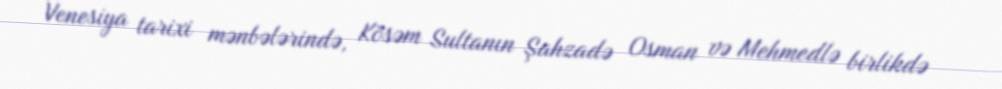
Venesiya tarixi mənbələrində, Kösəm Sultanın Şahzadə Osman və Mehmedlə birlikdə